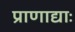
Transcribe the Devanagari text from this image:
प्राणाद्याः